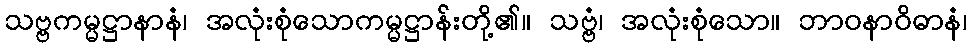
သဗ္ဗကမ္မဋ္ဌာနာနံ၊ အလုံးစုံသောကမ္မဋ္ဌာန်းတို့၏။ သဗ္ဗံ၊ အလုံးစုံသော။ ဘာဝနာဝိဓာနံ၊